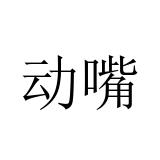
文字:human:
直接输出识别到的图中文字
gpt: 动嘴